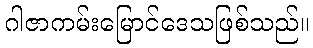
ဂါဇာကမ်းမြောင်ဒေသဖြစ်သည်။